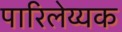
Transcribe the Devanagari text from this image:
पारिलेय्यक